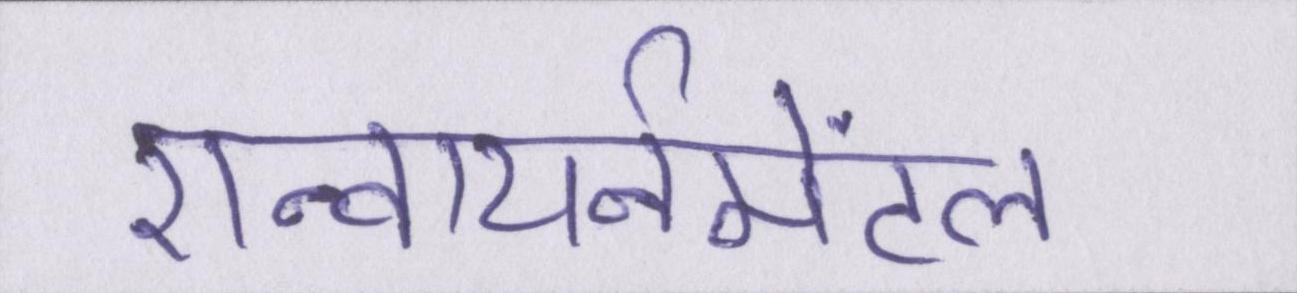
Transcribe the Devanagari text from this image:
एन्वायर्नमेंटल